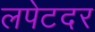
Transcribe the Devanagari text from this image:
लपेटदर